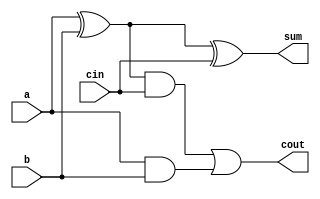
module fa(a,b,cin,sum,cout);
    input wire a;
    input wire b;
    input wire cin;
    output wire sum;
    output wire cout;
    wire s0;
    wire c0;
    wire c1;
    assign s0=a^b;
    assign sum=s0^cin;
    assign c1=s0&cin;
    assign c0=a&b;
    assign cout=c1|c0;



endmodule